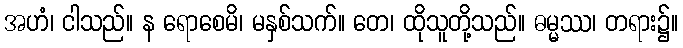
အဟံ၊ ငါသည်။ န ရောစေမိ၊ မနှစ်သက်။ တေ၊ ထိုသူတို့သည်။ ဓမ္မဿ၊ တရား၌။